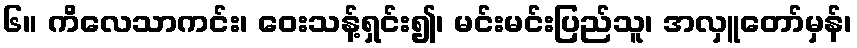
၆။ ကိလေသာကင်း၊ ဝေးသန့်ရှင်း၍၊ မင်းမင်းပြည်သူ၊ အလှူတော်မှန်၊